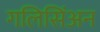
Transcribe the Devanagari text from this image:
गलिसिंअन